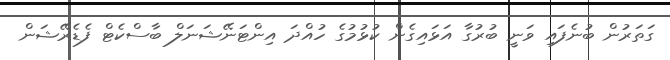
ގަތަރުން ބުނެފައި ވަނީ ބުރުގާ އަޅައިގެން ކުޅުމުގެ ހުއްދަ އިންޓަނޭޝަނަލް ބާސްކެޓް ފެޑެރޭޝަން